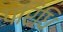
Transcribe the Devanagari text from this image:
परिधि